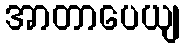
အာတာပေယျ